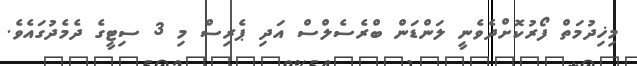
މިޚިދުމަތް ފޯރުކޮށްދެވެނީ ލަންޑަން ބްރެސެލްސް އަދި ޕެރިސް މި 3 ސިޓީގެ ދެމެދުގައެވެ.